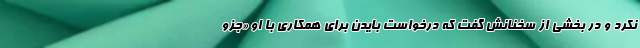
نکرد و در بخشی از سخنانش گفت که درخواست بایدن برای همکاری با او «جزو